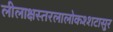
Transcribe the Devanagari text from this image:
लीलाक्षस्तरलालोकश्शटासुर